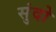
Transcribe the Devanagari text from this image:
सुंदो